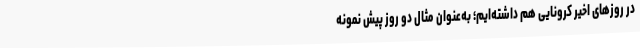
در روزهای اخیر کرونایی هم داشته‌ایم؛ به‌عنوان مثال دو روز پیش نمونه